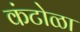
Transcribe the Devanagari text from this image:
कंटोळा